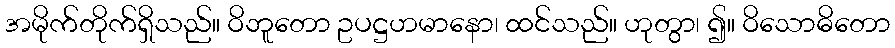
အမိုက်တိုက်ရှိသည်။ ဝိဘူတော ဥပဋ္ဌဟမာနော၊ ထင်သည်။ ဟုတွာ၊ ၍။ ဝိသောဓိတော